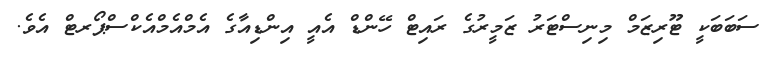
ސަބަބަކީ ޓޫރިޒަމް މިނިސްޓަރު ޒަމީރުގެ ރައިޓް ހޭންޑް އެއީ އިންޑިއާގެ އެމްއެމްއެކްސްޕޯރޓް އެވެ.